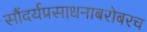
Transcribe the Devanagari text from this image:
सौंदर्यप्रसाधनाबरोबरच